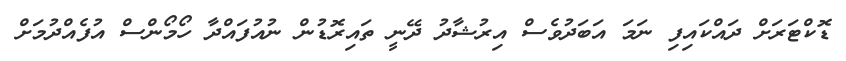
ޑޮކްޓަރަށް ދައްކައިފި ނަމަ އަބަދުވެސް އިރުޝާދު ދޭނީ ތައިރޮޑުން ނުއުފައްދާ ހޯމޯންސް އުފެއްދުމަށް